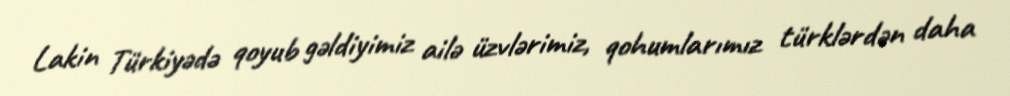
Lakin Türkiyədə qoyub gəldiyimiz ailə üzvlərimiz, qohumlarımız türklərdən daha